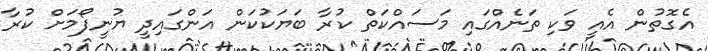
އެގޮތުން އެއީ ވަކި ތަނެއްގައި މަސައްކަތް ކުރާ ބަަޔަކުކަން އަންގައިދީ ޔުނީފޯމަށް ކުރާ